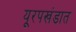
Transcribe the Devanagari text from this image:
यूरपखंडात